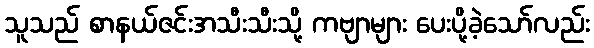
သူသည် စာနယ်ဇင်းအသီးသီးသို့ ကဗျာများ ပေးပို့ခဲ့သော်လည်း